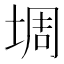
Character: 𫮀